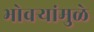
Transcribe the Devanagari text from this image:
भोवर्‍यांमुळे